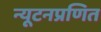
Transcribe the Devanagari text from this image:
न्यूटनप्रणित